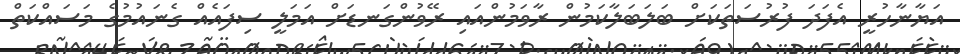
އަޔާނާހުރީ އެފަދަ ފުރުސަތަކަށް ބަލަބަލާކަމުން ރާވަމުންއައި ރޭވުންގަނޑަށް އަމަލީ ސިފައެއް ގެނައުމުގެ މަސައްކަތް